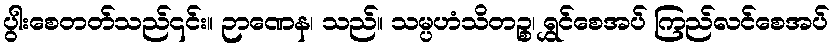
ပွါးစေတတ်သည်၎င်း။ ဉာဏေန၊ သည်။ သမ္ပဟံသိတဉ္စ၊ ရွှင်စေအပ် ကြည်လင်စေအပ်